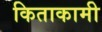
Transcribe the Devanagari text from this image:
किताकामी